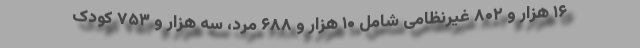
۱۶ هزار و ۸۰۲ غیرنظامی شامل ۱۰ هزار و ۶۸۸ مرد، سه هزار و ۷۵۳ کودک